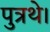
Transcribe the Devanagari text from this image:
पुत्रथे।